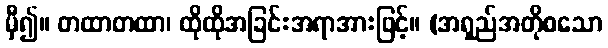
မှီ၍။ တထာတထာ၊ ထိုထိုအခြင်းအရာအားဖြင့်။ (အရှည်အတိုစသော